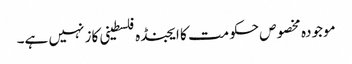
موجودہ مخصوص حکومت کا ایجنڈہ فلسطینی کاز نہیں ہے۔